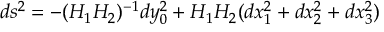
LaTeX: d s ^ { 2 } = - ( H _ { 1 } H _ { 2 } ) ^ { - 1 } d y _ { 0 } ^ { 2 } + H _ { 1 } H _ { 2 } ( d x _ { 1 } ^ { 2 } + d x _ { 2 } ^ { 2 } + d x _ { 3 } ^ { 2 } )